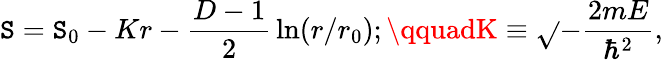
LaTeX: \mathtt{S}=\mathtt{S}_{0}-Kr-{\frac{{D-1}}{{2}}}\ln(r/r_{0});\qquadK\equiv\sqrt{}{{-{\frac{{2mE}}{{\hbar^{2}}}}}},